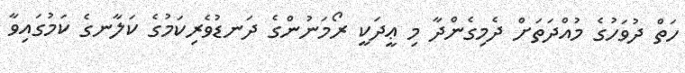
ހަތް ދުވަހުގެ މުއްދަތަށް ދެމިގެންދާ މި ޢީދަކީ ރޯމަނުންގެ ދަނޑުވެރިކަމުގެ ކަލާނގެ ކަމުގައިވާ